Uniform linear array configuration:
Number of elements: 12
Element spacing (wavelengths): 0.5
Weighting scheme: uniform
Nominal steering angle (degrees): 45
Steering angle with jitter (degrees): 44.962
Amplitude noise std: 0.05
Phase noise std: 0.05

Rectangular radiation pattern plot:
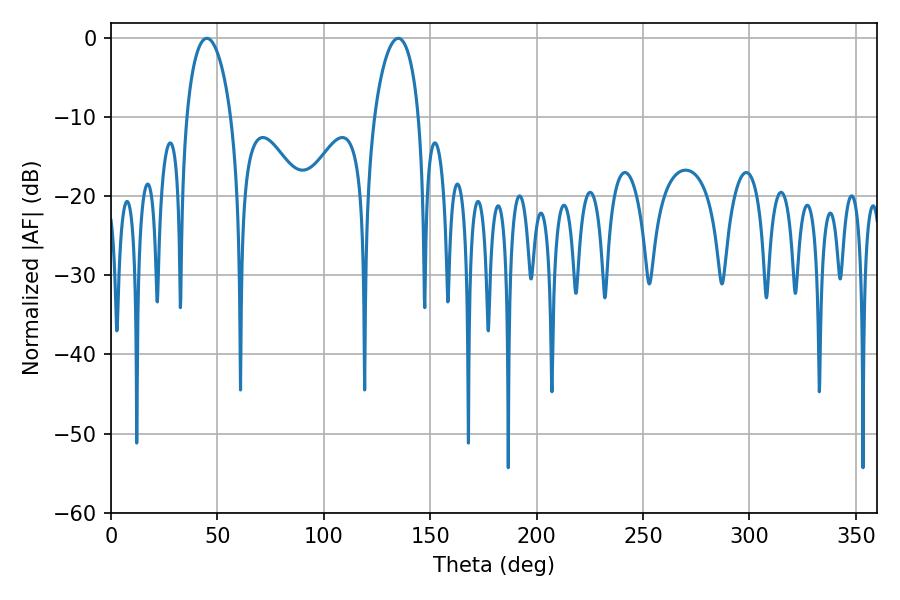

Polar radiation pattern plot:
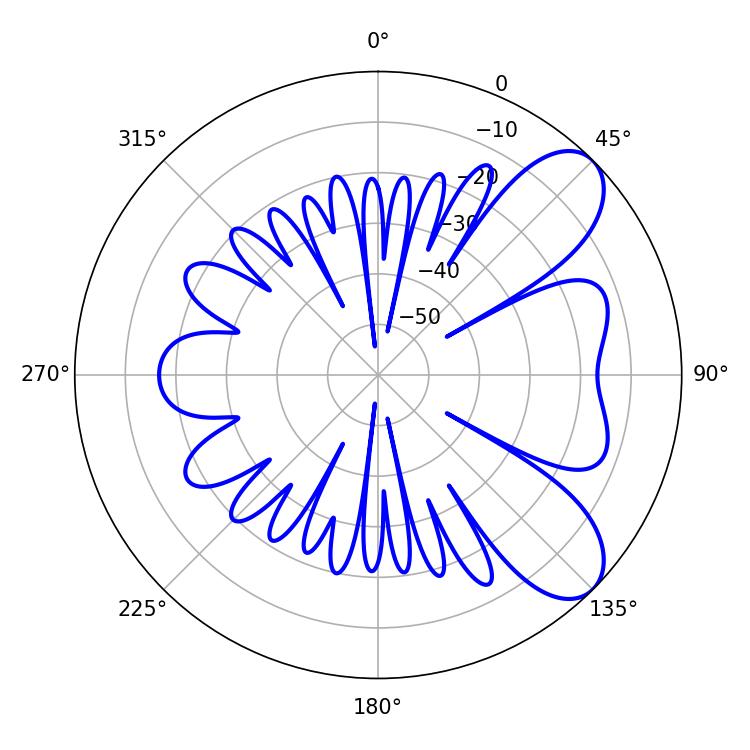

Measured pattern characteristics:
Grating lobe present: FALSE
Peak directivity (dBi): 7.824
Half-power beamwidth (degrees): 11.88
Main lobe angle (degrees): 45